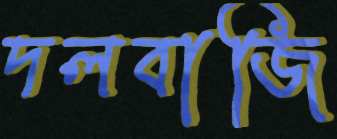
দলবাজি